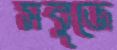
সবুজে